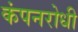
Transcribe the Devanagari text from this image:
कंपनरोधी